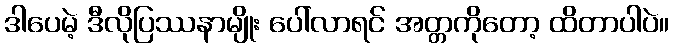
ဒါပေမဲ့ ဒီလိုပြဿနာမျိုး ပေါ်လာရင် အတ္တကိုတော့ ထိတာပါပဲ။